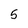
Character: 5